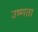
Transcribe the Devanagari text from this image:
उष्‍णता